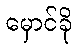
မှောင်ခို